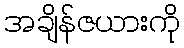
အချိန်ဇယားကို